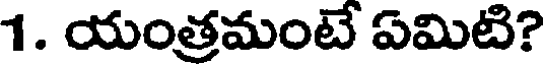
1. యంత్రమంటే ఏమిటి?